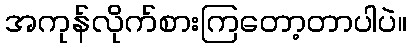
အကုန်လိုက်စားကြတော့တာပါပဲ။